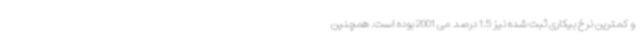
و کمترین نرخ بیکاری ثبت شده نیز 1.5 درصد می 2001 بوده است. همچنین